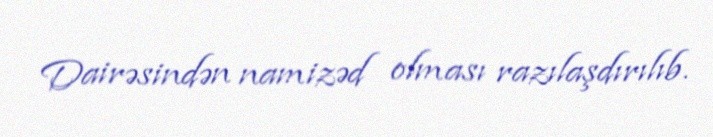
Dairəsindən namizəd olması razılaşdırılıb.